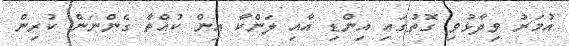
އުމަރު ވިދާޅުވި ގޮތުގައި އިންޑި އާއި ލަންކާ އިން ކުއްތާ ގެންނަން ކުރިން